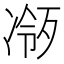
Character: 𪞧